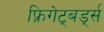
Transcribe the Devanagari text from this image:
फ़्रिगेट्बर्ड्स